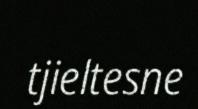
tjieltesne